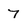
Character: 7